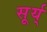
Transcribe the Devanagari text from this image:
सूर्य्